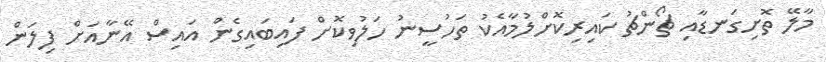
މާލޭ ތޮށިގަނޑާއި ޗޯންޗު ކައިރިކޮށްލުމާއެކު ތަހުސީނު ހަލުވިކޮށް ފައިބައިގެން އައިސް އޭނާއަށް ފިލަން